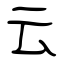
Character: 云